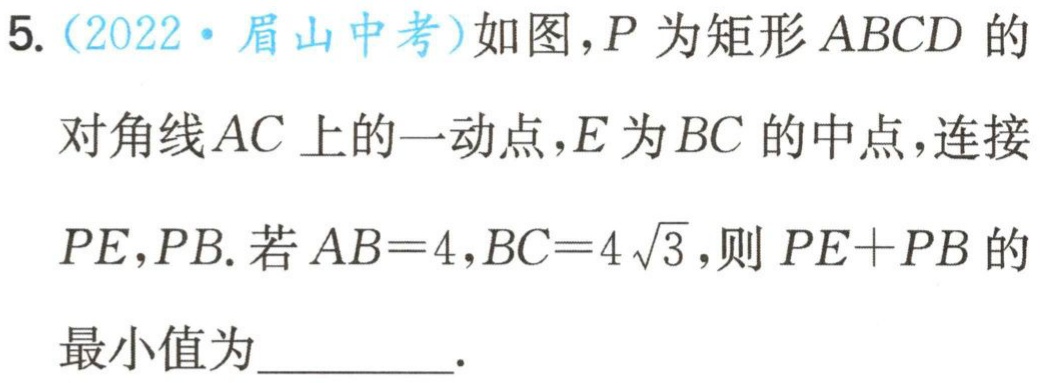
5.（2022·眉山中考）如图，\(P\)为矩形\(ABCD\)的对角线\(AC\)上的一动点，\(E\)为\(BC\)的中点，连接\(PE\)，\(PB\). 若\(AB = 4\)，\(BC = 4\sqrt{3}\)，则\(PE + PB\)的最小值为_________.